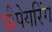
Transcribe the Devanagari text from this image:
प्रीपेयरिंग